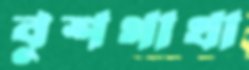
বুশগাথা